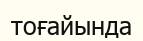
тоғайында